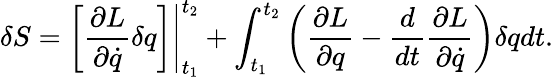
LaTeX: \delta S=\left.\left[{\frac{\partial L}{\partial{\dot{q}}}}\delta q\right]\right|_{t_{1}}^{t_{2}}+\int_{t_{1}}^{t_{2}}\left({\frac{\partial L}{\partial q}}-{\frac{d}{dt}}{\frac{\partial L}{\partial{\dot{q}}}}\right)\delta qdt.